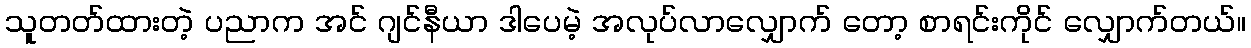
သူတတ်ထားတဲ့ ပညာက အင် ဂျင်နီယာ ဒါပေမဲ့ အလုပ်လာလျှောက် တော့ စာရင်းကိုင် လျှောက်တယ်။